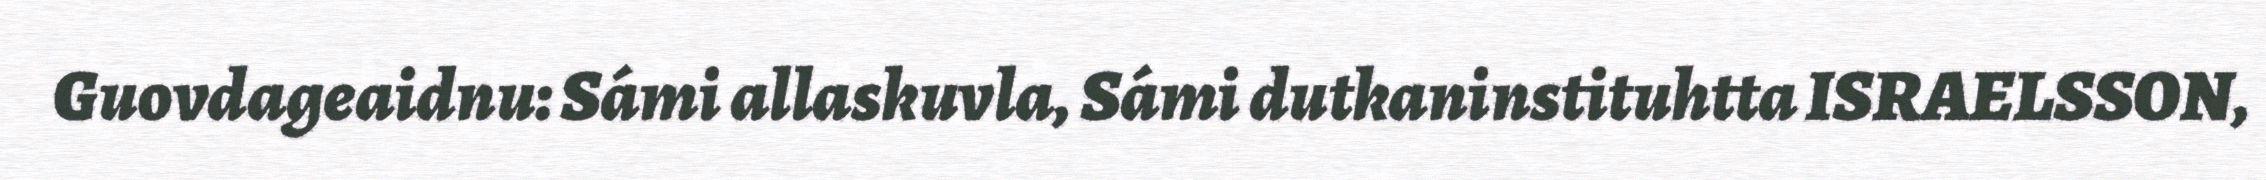
Guovdageaidnu: Sámi allaskuvla, Sámi dutkaninstituhtta ISRAELSSON,